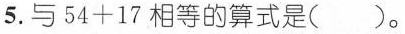
5.与$$54+17$$相等的算式是( )。